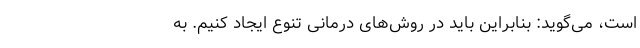
است، می‌گوید: بنابراین باید در روش‌های درمانی تنوع ایجاد کنیم. به